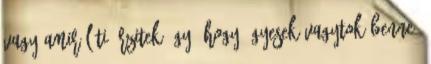
vagy amiről ti érzitek úgy, hogy ügyesek vagytok benne.